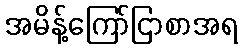
အမိန့်ကြော်ငြာစာအရ